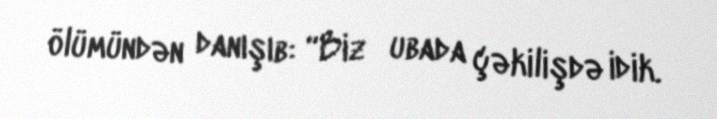
ölümündən danışıb: “Biz Йubada çəkilişdə idik.